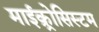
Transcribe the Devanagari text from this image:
माईक्र्रोसिस्टम